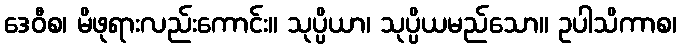
ဒေဝီစ၊ မိဖုရားလည်းကောင်း။ သုပ္ပိယာ၊ သုပ္ပိယမည်သော။ ဥပါသိကာစ၊